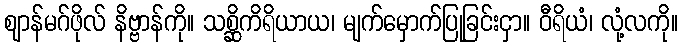
ဈာန်မဂ်ဖိုလ် နိဗ္ဗာန်ကို။ သစ္ဆိကိရိယာယ၊ မျက်မှောက်ပြုခြင်းငှာ။ ဝီရိယံ၊ လုံ့လကို။